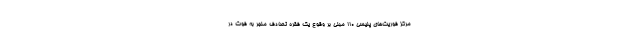
مرکز فوریت‌های پلیسی ۱۱۰ مبنی بر وقوع یک فقره تصادف منجر به فوت در